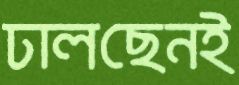
ঢালছেনই